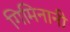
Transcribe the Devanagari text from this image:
गिमिनानी